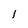
Character: 1